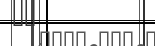
١٥